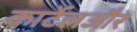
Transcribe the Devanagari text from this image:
कार्टेलऔर